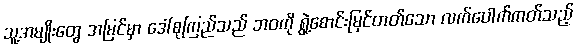
သူ့အမျိုးတွေ အမြင်မှာ ဒေါ်စုကြည်သည် ဘဝကို ရွဲ့စောင်းမြင်တတ်သော လက်ပေါက်ကတ်သည့်